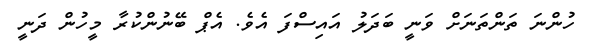
ހުންނަ ތަންތަނަށް ވަނީ ބަދަލު އައިސްފަ އެވެ. އެޕް ބޭނުންކުރާ މީހުން ދަނީ